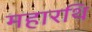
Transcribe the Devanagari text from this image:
महारथि